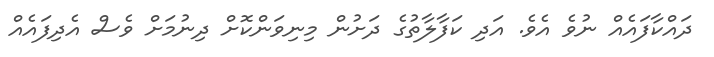
ދައްކާފައެއް ނުވެ އެވެ. އަދި ކަފާލާތުގެ ދަށުން މިނިވަންކޮށް ދިނުމަށް ވެސް އެދިފައެއް